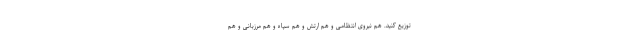
توزیع کنید. هم نیروی انتظامی و هم ارتش و هم سپاه و هم مرزبانی و هم